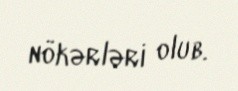
nökərləri olub.